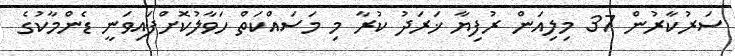
ސަރުކާރުން 37 މިލިއަން ރުފިޔާ ޚަރަދު ކުރާ މި މަސައްކަތް ހަވާލުކޮށްފައިވަނީ ޑެންމާކުގެ